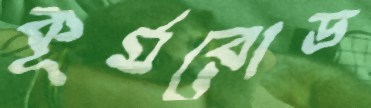
কূর্মরোড